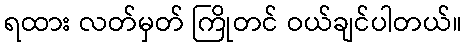
ရထား လတ်မှတ် ကြိုတင် ဝယ်ချင်ပါတယ်။